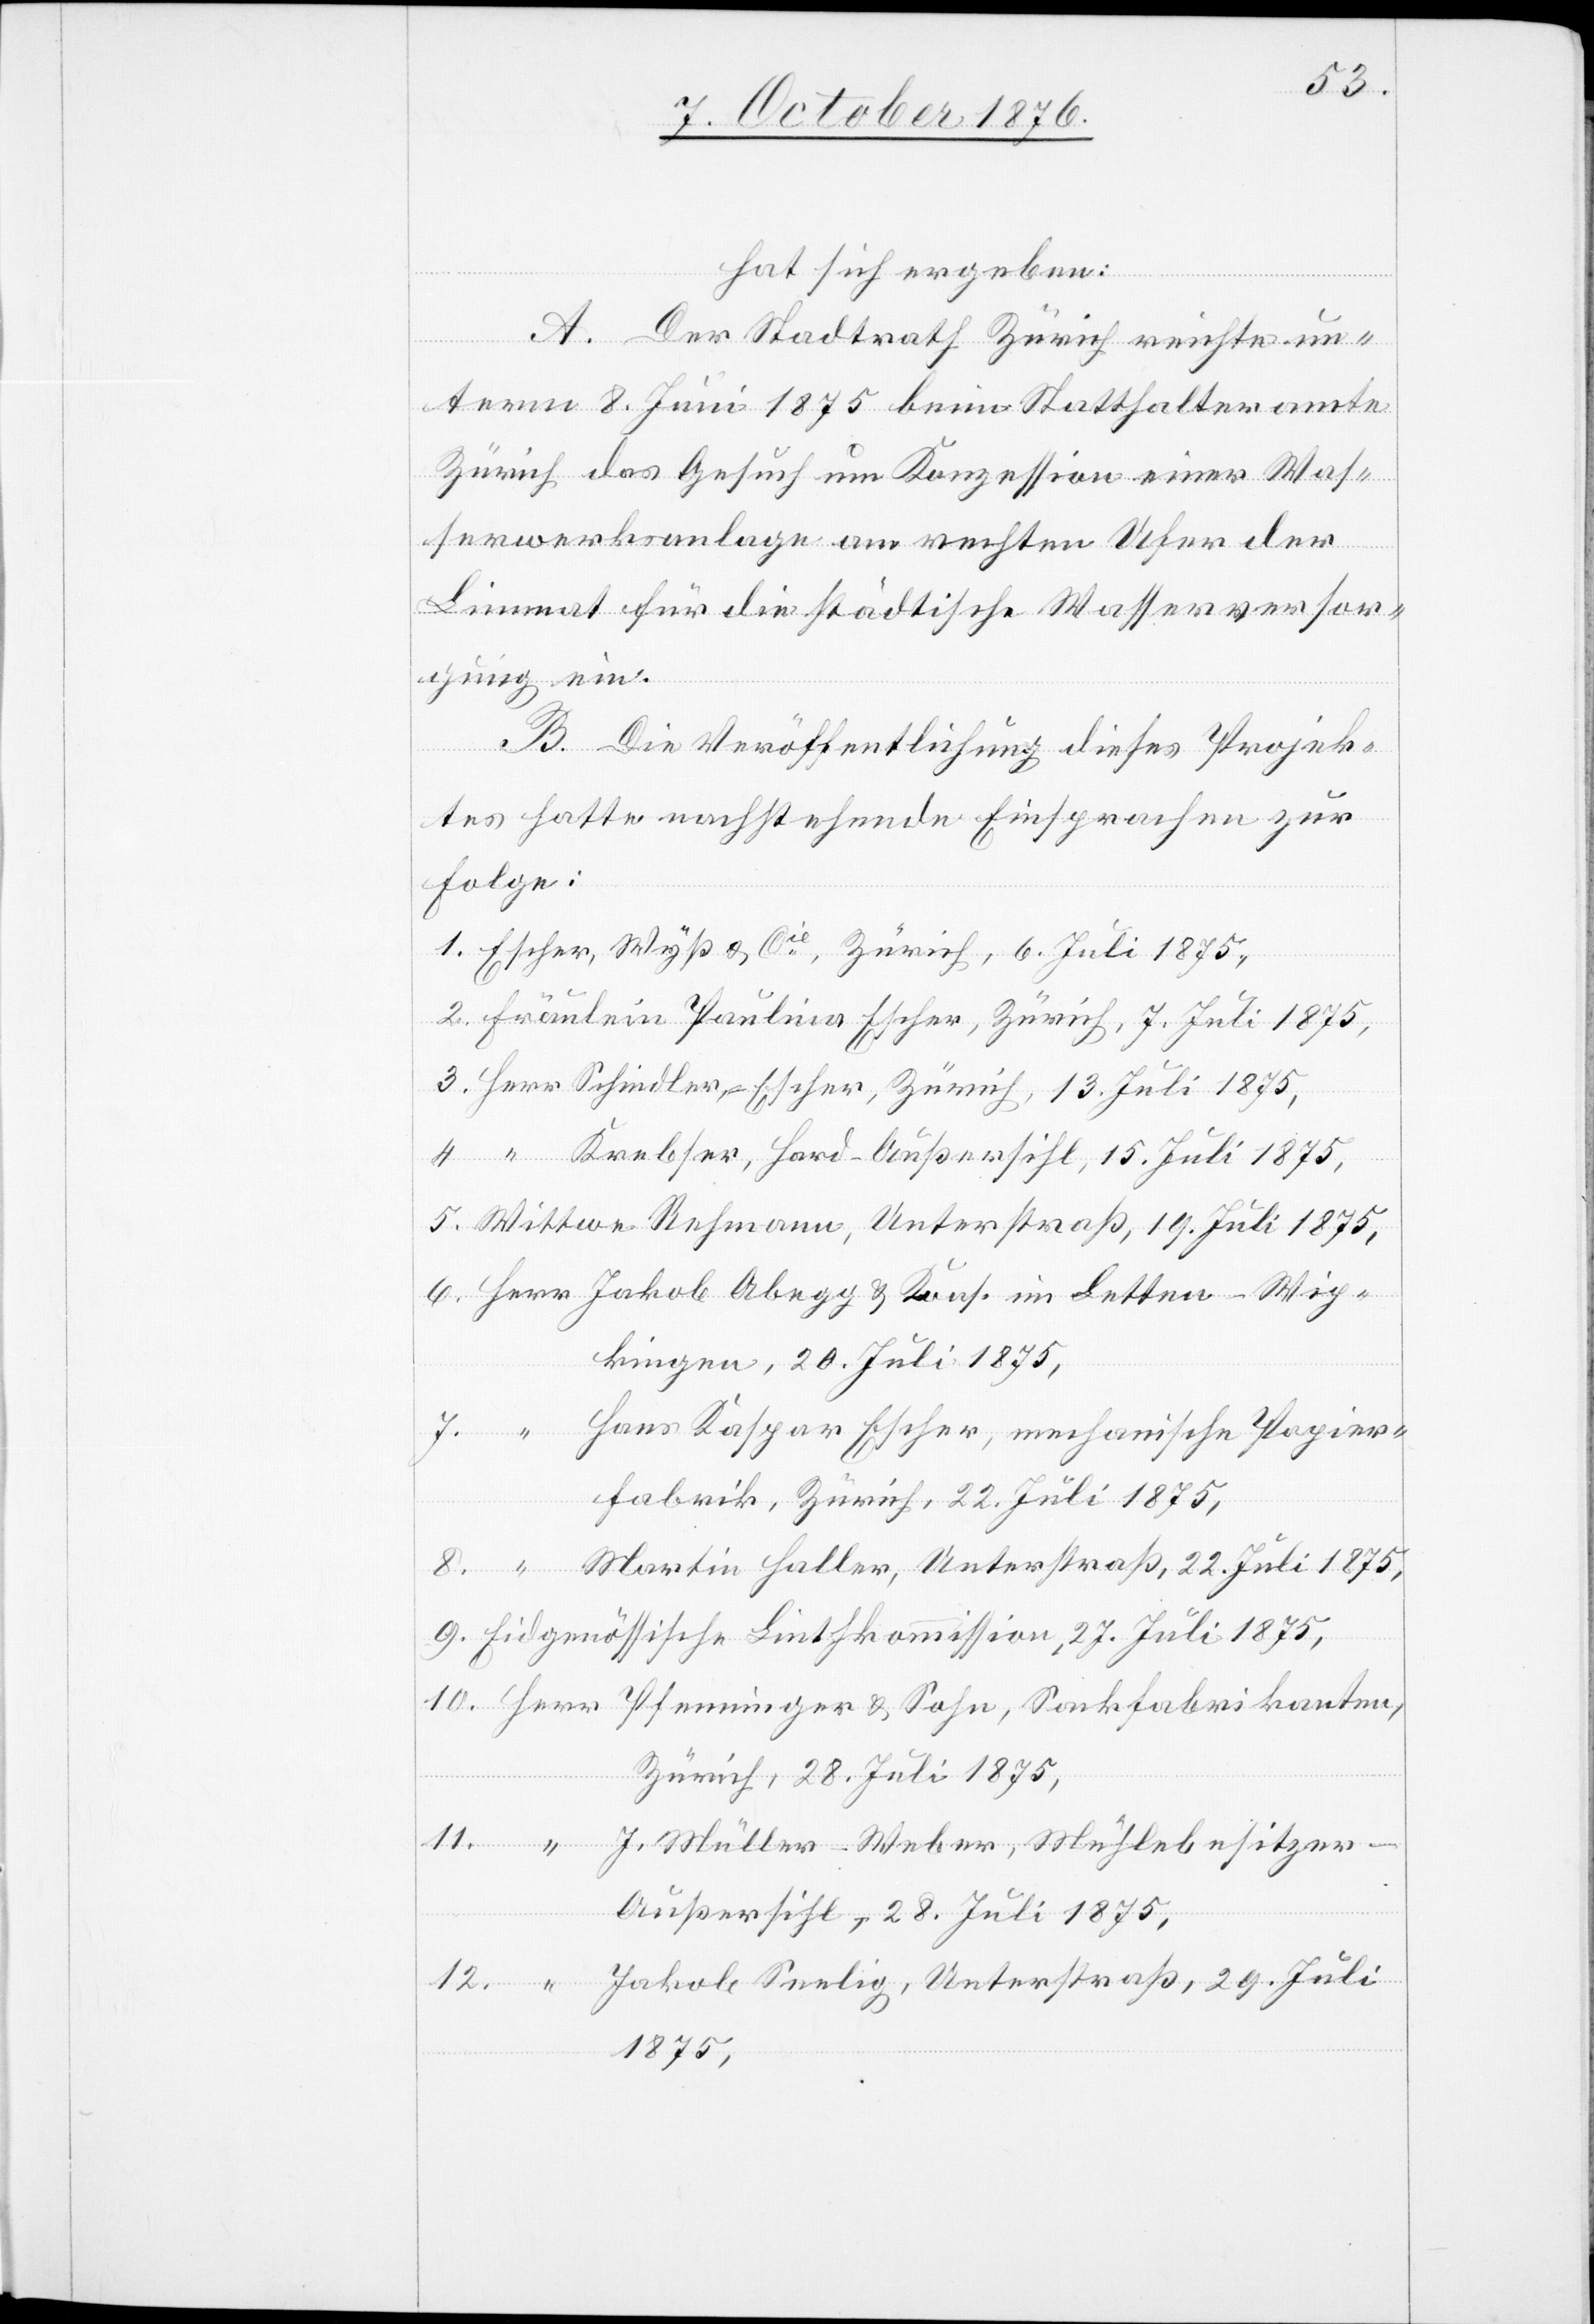
10.
hat sich ergeben:
A. Der Stadtrath Zürich reichte un¬
term 8. Juli 1875 beim Statthalteramte
Zürich das Gesuch um Konzession einer Was¬
serwerksanlage am rechten Ufer der
Limmat für die städtische Wasserversor¬
gung ein.
Herr
B. Die Veröffentlichung dieses Projek¬
tes hatte nachstehende Einsprachen zur
Folge:
kingen, 20. Juli 1875,
Hans Kaspar Escher, mechanische Papier¬
abrikanten,
fabrik, Zürich, 22. Juli 1875,
Martin Haller, Unterstraß, 22. Juli 1875,
Eidgenössische Linthkommission, 27. Juli 1875,
Zürich, 28. Juli 1875,
J. Müller-Weber, Mühlebesitzer –
Außersihl, 28. Juli 1875,
Jakob Seelig, Unterstraß, 29. Juli
1875,